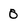
Character: 0